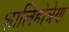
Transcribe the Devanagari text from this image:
शालिहोत्रेण